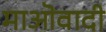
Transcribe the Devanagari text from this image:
माऒवादी